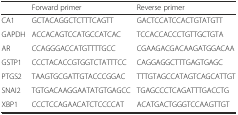
|  | Forward primer | Reverse primer |
 | --- | --- | --- |
 | CA1 | GCTACAGGCTCTTTCAGTT | GACTCCATCCACTGTATGTT |
 | GAPDH | ACCACAGTCCATGCCATCAC | TCCACCACCCTGTTGCTGTA |
 | AR | CCAGGGACCATGTTTTGCC | CGAAGACGACAAGATGGACAA |
 | GSTP1 | CCCTACACCGTGGTCTATTTCC | CAGGAGGCTTTGAGTGAGC |
 | PTGS2 | TAAGTGCGATTGTACCCGGAC | TTTGTAGCCATAGTCAGCATTGT |
 | SNAI2 | TGTGACAAGGAATATGTGAGCC | TGAGCCCTCAGATTTGACCTG |
 | XBP1 | CCCTCCAGAACATCTCCCCAT | ACATGACTGGGTCCAAGTTGT |